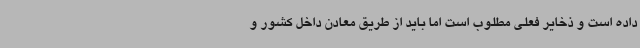
داده است و ذخایر فعلی مطلوب است اما باید از طریق معادن داخل کشور و